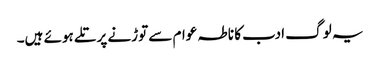
یہ لوگ ادب کا ناطہ عوام سے توڑنے پر تلے ہوئے ہیں۔